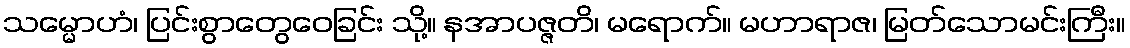
သမ္မောဟံ၊ ပြင်းစွာတွေဝေခြင်း သို့။ နအာပဇ္ဇတိ၊ မရောက်။ မဟာရာဇ၊ မြတ်သောမင်းကြီး။